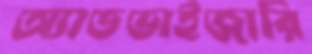
অ্যাডভাইজারি